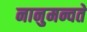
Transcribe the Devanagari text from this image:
नानुमन्वते